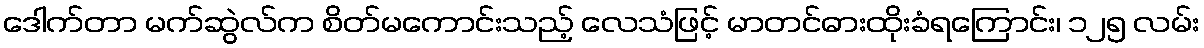
ဒေါက်တာ မက်ဆွဲလ်က စိတ်မကောင်းသည့် လေသံဖြင့် မာတင်ဓားထိုးခံရကြောင်း၊ ၁၂၅ လမ်း